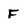
Character: F